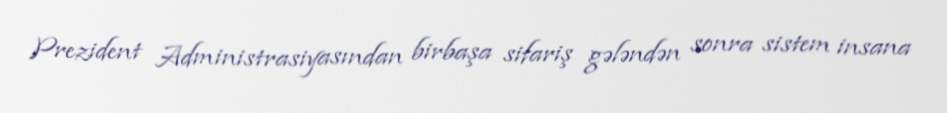
Prezident Administrasiyasından birbaşa sifariş gələndən sonra sistem insana